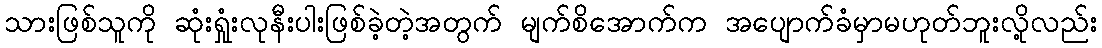
သားဖြစ်သူကို ဆုံးရှုံးလုနီးပါးဖြစ်ခဲ့တဲ့အတွက် မျက်စိအောက်က အပျောက်ခံမှာမဟုတ်ဘူးလို့လည်း